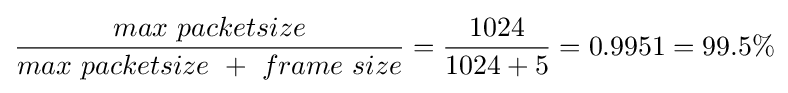
{\frac {max\ packetsize}{max\ packetsize\ +\ frame\ size}}={\frac {1024}{1024+5}}=0.9951=99.5\%